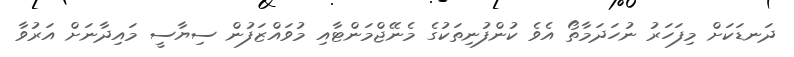
ދަނޑަކަށް މިފަހަރު ނުހަދަމާތޯ އެވެ ކުންފުނިތަކުގެ މެނޭޖްމަންޓާއި މުވައްޒަފުން ސިޔާސީ މައިދާނަށް އަރުވާ